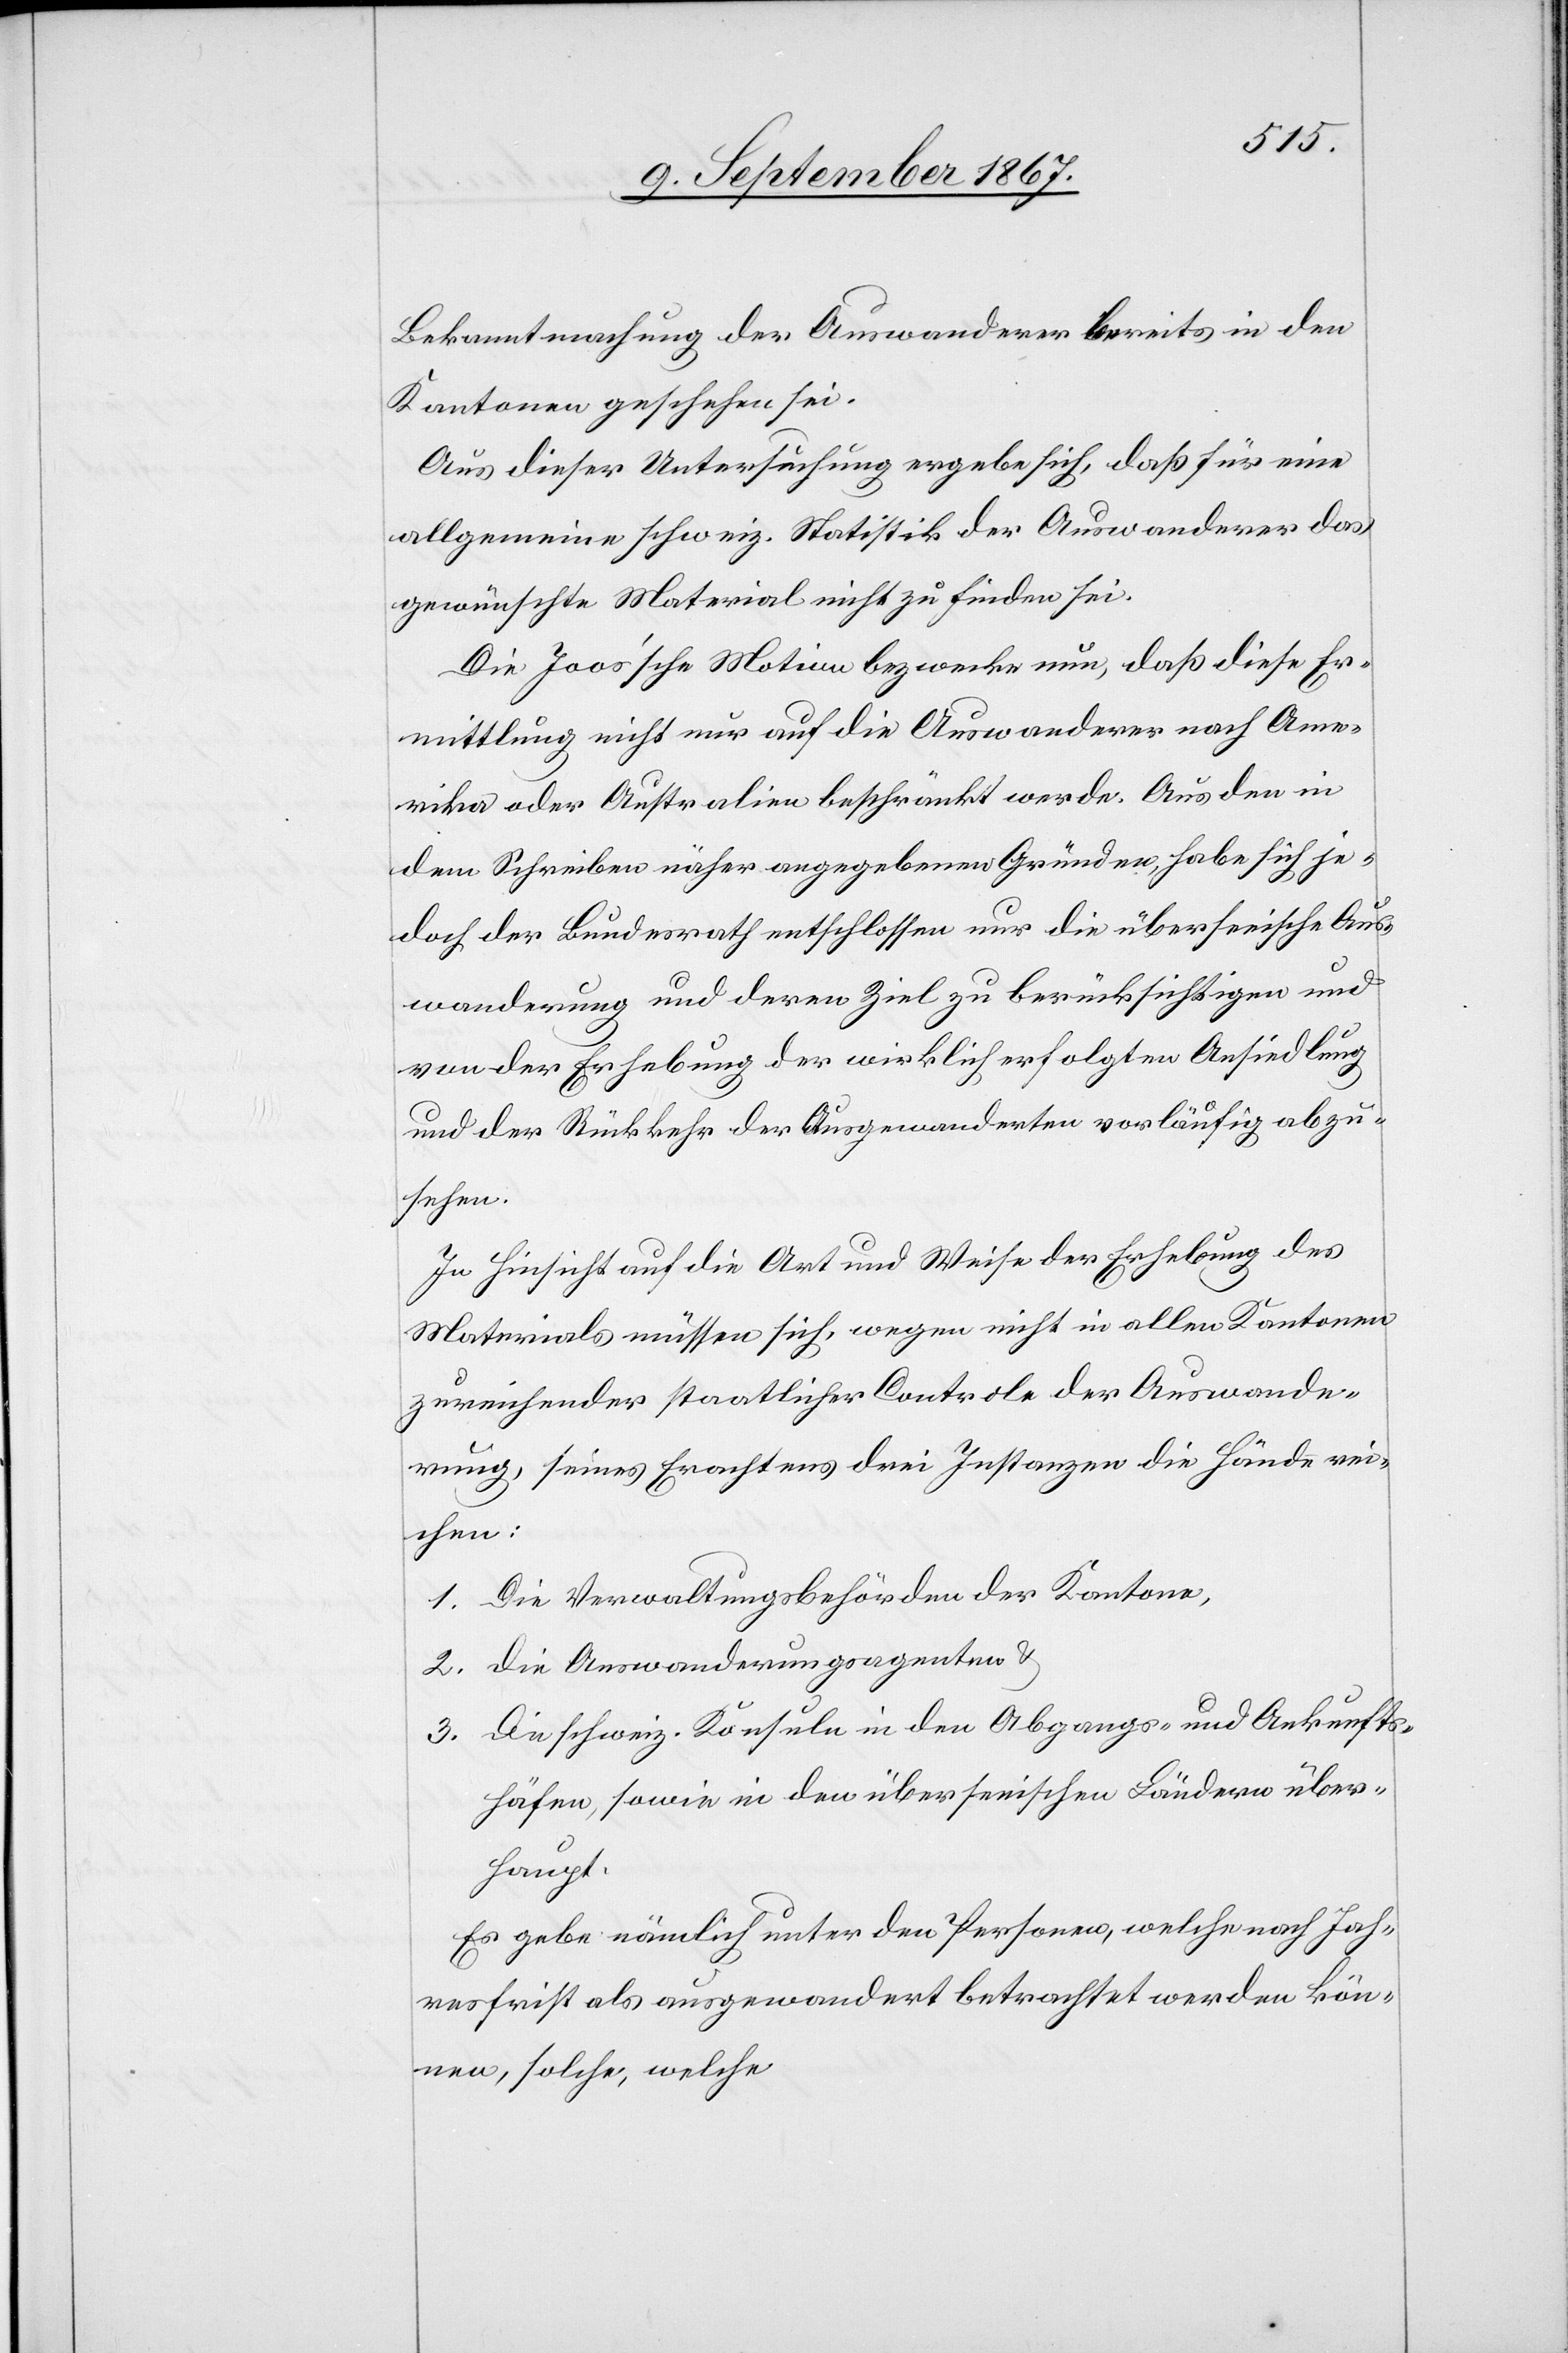
Bekanntmachung der Auswanderer bereits in den
Kantonen geschehen sei.
Aus dieser Untersuchung ergebe sich, daß für eine
allgemeine schweiz. Statistik der Auswanderer das
gewünschte Material nicht zu finden sei.
Die Joos’sche Motion bezwecke nun, daß die Er¬
mittlung nicht nur auf die Auswanderer nach Ame¬
rika oder Australien beschränkt werde. Aus den in
dem Schreiben näher angegebenen Gründen habe sich je¬
doch der Bundesrath entschlossen nur die überseeische Aus¬
wanderung und deren Ziel zu berücksichtigen und
von der Erhebung der wirklich erfolgten Ansiedlung
und der Rückkehr der Ausgewanderten vorläufig abzu¬
sehen.
In Hinsicht auf die Art und Weise der Erhebung des
Materials müssen sich, wegen nicht in allen Kantonen
zureichender staatlicher Controle der Auswande¬
rung, seines Erachtens drei Instanzen die Hände rei¬
chen:
1. Die Verwaltungsbehörden der Kantone,
2. Die Auswanderungsagenten u.
3. Die schweiz. Konsulate in den Abgangs- und Ankunfts¬
häfen, sowie in den überseeischen Ländern über¬
haupt.
Es gebe nämlich unter den Personen, welche nach Jah¬
resfrist als ausgewandert betrachtet werden kön¬
nen, solche, welche